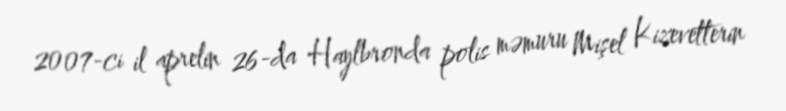
2007-ci il aprelin 26-da Haylbronda polis məmuru Mişel Kizevetterin